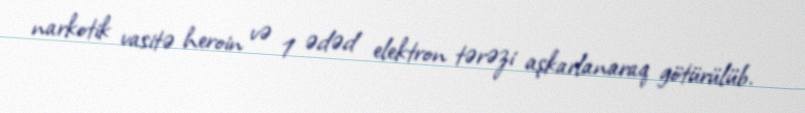
narkotik vasitə heroin və 1 ədəd elektron tərəzi aşkarlanaraq götürülüb.